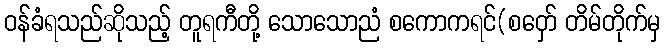
ဝန်ခံရသည်ဆိုသည့် တူရကီတို့ သောသောညံ စကောကရင်(စဝှော် တိမ်တိုက်မှ